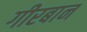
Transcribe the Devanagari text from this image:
गीरबान